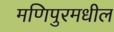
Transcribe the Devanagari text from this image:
मणिपुरमधील